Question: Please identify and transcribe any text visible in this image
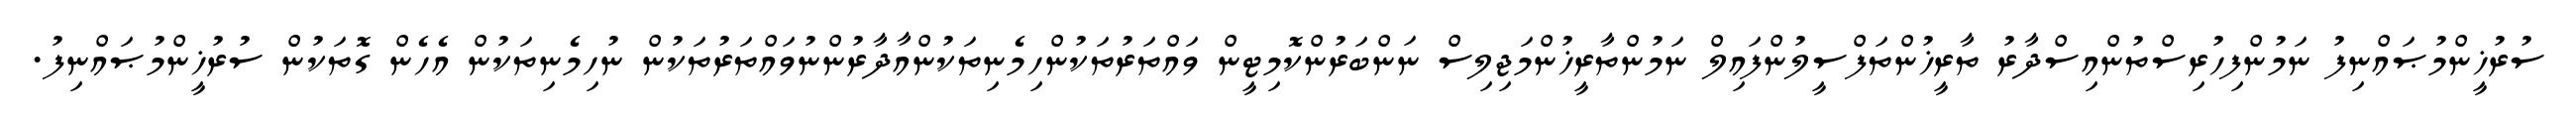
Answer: ސުރުޚީންމުޞައްނިފު ނަމުންފިހުރިސްތުންއިސްދާރު ތާރީޚުންތަފްސީލުންފައިލް ނަމުންތާރީޚުންމަޖިލިސް ނަންބަރުންކޮމިޓީން ވައްތަރުތަކުންހިމެނިތަކުންއާދާރުންނުވައްތަރުތަކުން ނުހިމެނިތަކުން އެހެން ގޮތަކުން ސުރުޚީންމުޞައްނިފު.